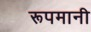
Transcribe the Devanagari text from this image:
रूपमानी